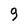
Character: 9